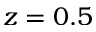
z = 0 . 5